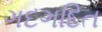
ગદગદિત